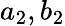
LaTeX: a_{2},b_{2}